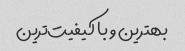
بهترین و با کیفیت‌ترین